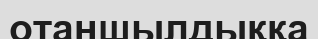
отаншылдыққа